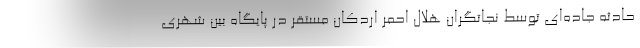
حادثه جاده‌ای توسط نجاتگران هلال احمر اردکان مستقر در پایگاه بین شهری